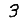
Digit: 3